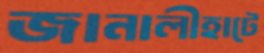
জানালীহাটে